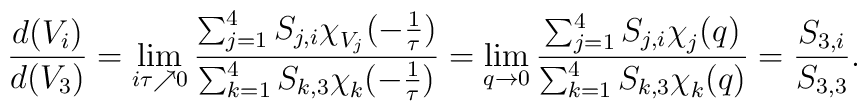
\frac{d(V_i)}{d(V_3)} = \lim_{i\tau \nearrow 0}\frac{\sum_{j=1}^4 S_{j,i} \chi^{}_{V_j} (-\frac{1}{\tau})}{\sum_{k=1}^4 S_{k,3} \chi^{}_k (-\frac{1}{\tau})}= \lim_{q \rightarrow 0}\frac{\sum_{j=1}^4 S_{j,i} \chi^{}_{j} (q)}{\sum_{k=1}^4 S_{k,3} \chi^{}_k (q)}= \frac{S_{3,i}}{S_{3,3}}.